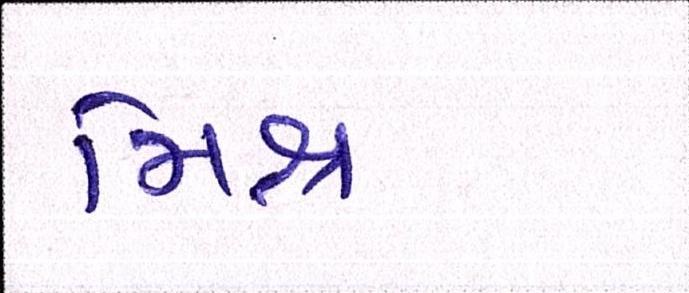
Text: મિશ્ર